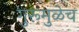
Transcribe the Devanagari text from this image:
गुरूमुळेच